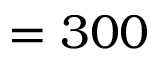
= 3 0 0